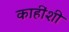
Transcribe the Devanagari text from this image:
काहींशी